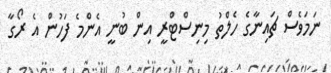
ނަމަވެސް ޗައިނާގެ ހެލްތު މިނިސްޓްރީ އިން ބުނީ އެންމެ ފަހުން އެ ރޯގާ